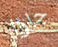
جاؤا